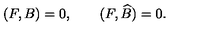
( F , B ) = 0 , \qquad ( F , \widehat { B } ) = 0 .